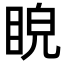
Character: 𥆒